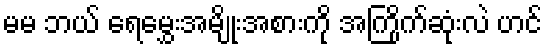
မမ ဘယ် ရေမွှေးအမျိုးအစားကို အကြိုက်ဆုံးလဲ ဟင်